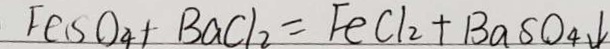
F e S O _ { 4 } + B a C l _ { 2 } = F e C l _ { 2 } + B a S O _ { 4 } \downarrow